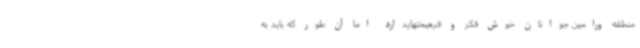
منطقه ورامین جوانان خوش فکر و فرهیختهایدارد اما آن طور که باید به